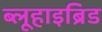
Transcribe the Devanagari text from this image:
ब्लूहाइब्रिड